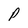
Character: P